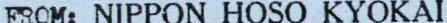
FROM: NIPPON HOSO KYOKAI